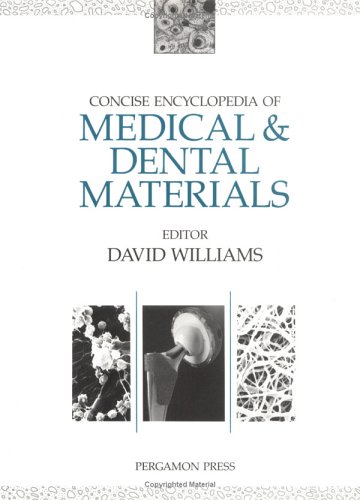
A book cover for Concise Encyclopedia of Medical & Dental Materials (Advances in Materials Sciences and Engineering); Medical Books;